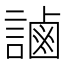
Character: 𧫓